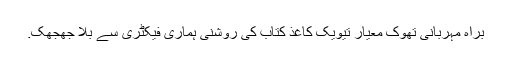
براہ مہربانی تھوک معیار تیویک کاغذ کتاب کی روشنی ہماری فیکٹری سے بلا جھجھک.